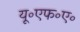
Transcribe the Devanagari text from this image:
यू॰एफ॰ए॰